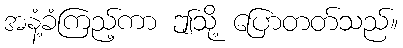
အနံ့ခံကြည့်ကာ ဤသို့ ပြောတတ်သည်။